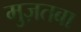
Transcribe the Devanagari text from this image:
मुज़तबा